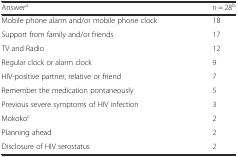
| Answera | n = 28b |
 | --- | --- |
 | Mobile phone alarm and/or mobile phone clock | 18 |
 | Support from family and/or friends | 17 |
 | TV and Radio | 12 |
 | Regular clock or alarm clock | 9 |
 | HIV-positive partner, relative or friend | 7 |
 | Remember the medication pontaneously | 5 |
 | Previous severe symptoms of HIV infection | 3 |
 | Mokokoc | 2 |
 | Planning ahead | 2 |
 | Disclosure of HIV serostatus | 2 |